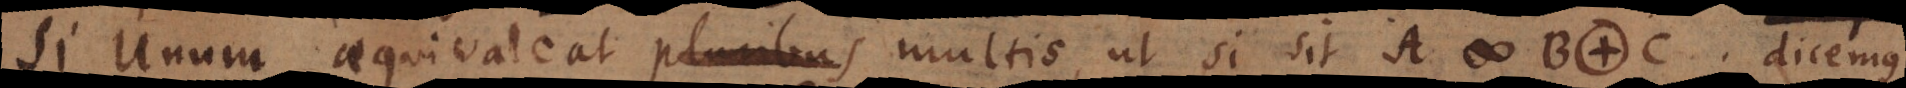
Si Unum aequivaleat multis, ut si sit A # B. C, dicemus